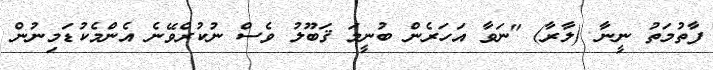
ފާތުމަތު ނީނާ (ލާރާ) "ނަވާ އަހަރެން ބުނީމަ ޤަބޫލު ވެސް ނުކުރެވޭނެ އެންމެކުޑަމިނުން